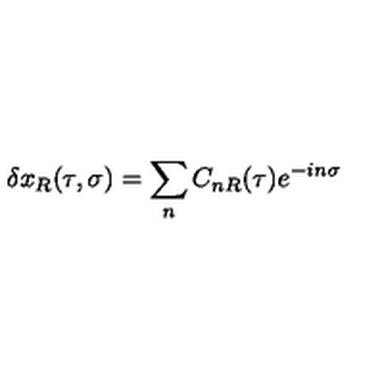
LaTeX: \delta x _ { R } ( \tau , \sigma ) = \sum _ { n } C _ { n R } ( \tau ) e ^ { - i n \sigma }